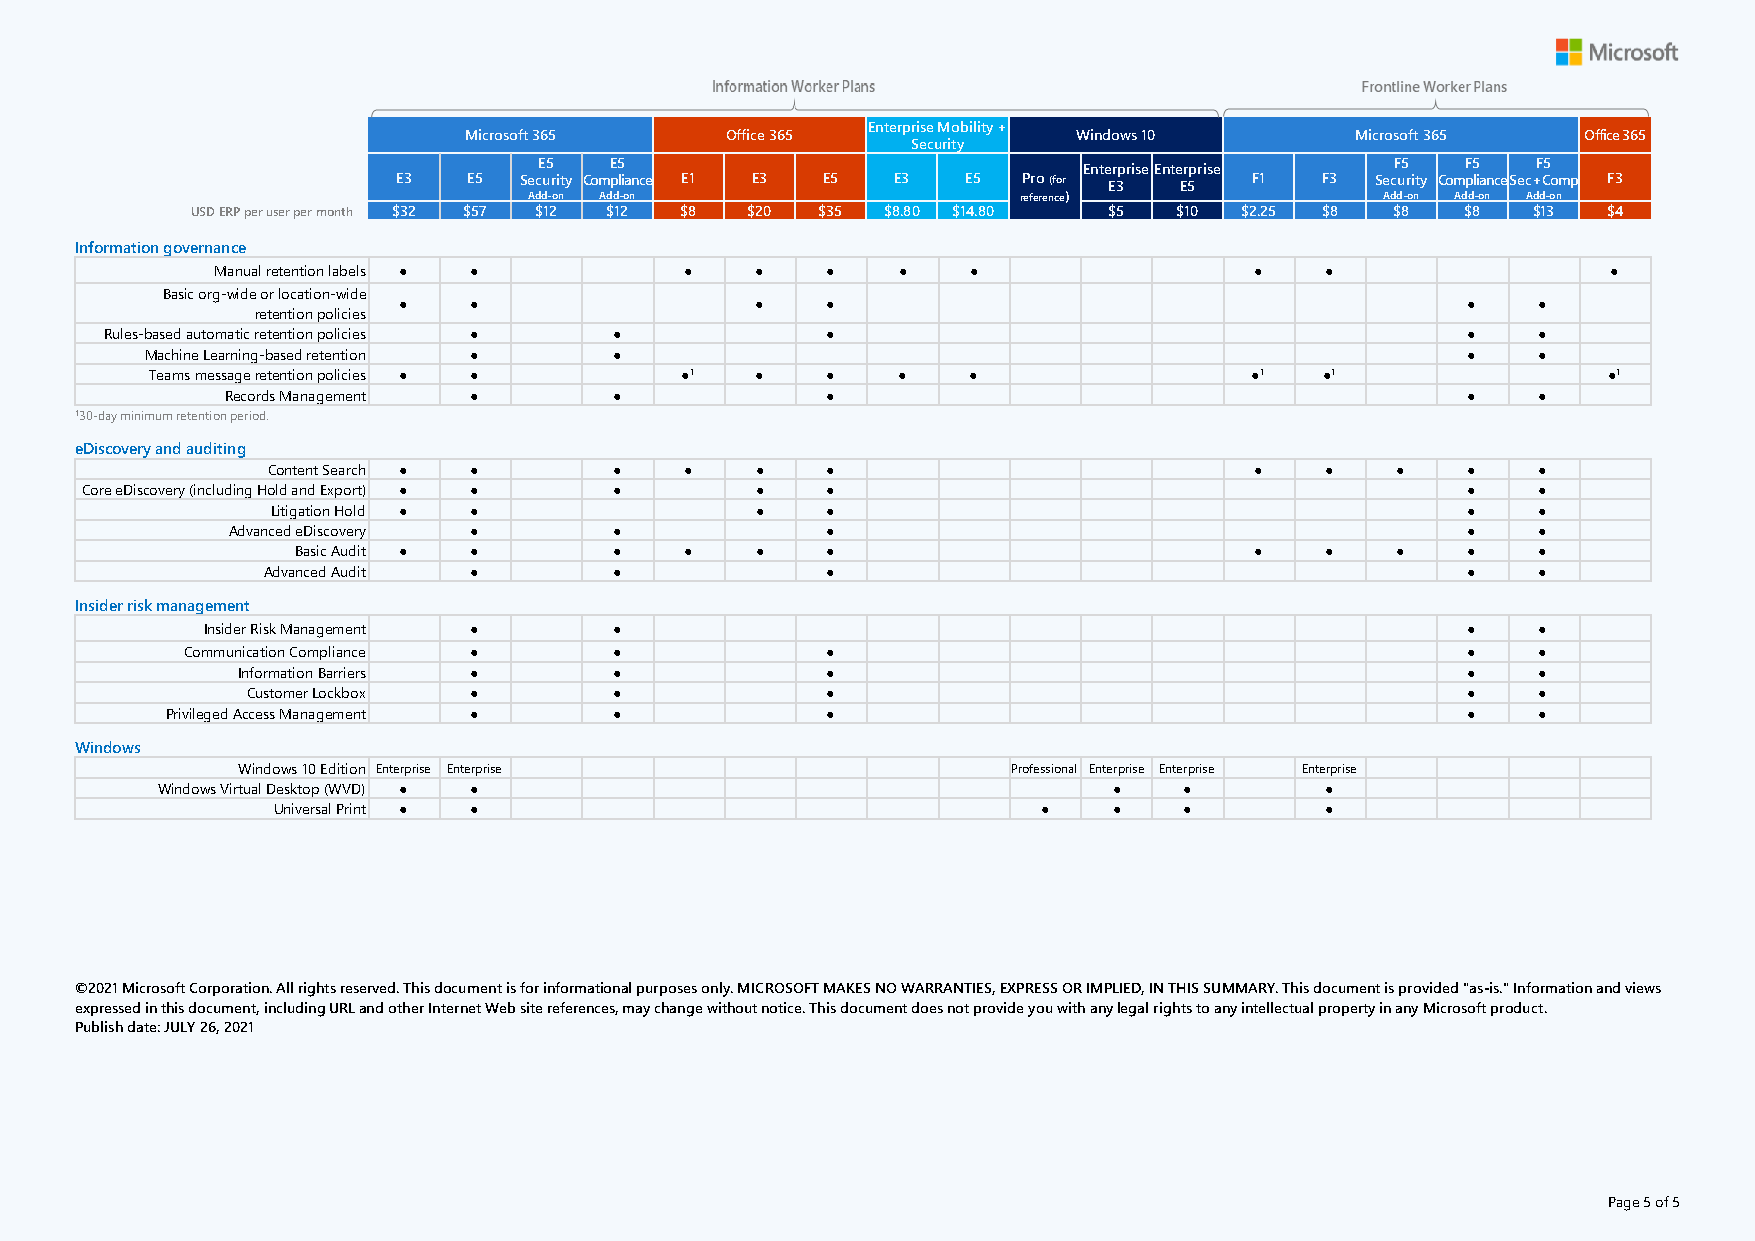
Enterprise Mobility +
 Microsoft 365    Office 365             Windows 10         Microsoft 365  Office 365
 Security
 E3   E5
 SecE u5
 r i ty
 ComE p5
 lia nce E1 E3 E5  E3   E5  Pro (for
 Ente Er 3p rise Ente Er 5p rise
 F1  F3
 SecF u5
 r i ty
 ComF p5
 li ance
 Sec+F C5
 o mp F3
 Add-on Add-on                   reference)               Add-on Add-on Add-on
 USD ERP per user per month $32 $57 $12 $12 $8 $20 $35 $8.80 $14.80 $5 $10 $2.25 $8 $8 $8 $13 $4
 Information governance
 Manual retention labels ● ●    ●    ●    ●   ●    ●                  ●    ●                  ●
 Basic org-wide or location-wide
 ●    ●                  ●    ●                                         ●    ●
 retention policies
 Rules-based automatic retention policies ● ●    ●                                         ●    ●
 Machine Learning-based retention ● ●                                                   ●    ●
 Teams message retention policies ● ● ●1 ●    ●   ●    ●                  ●1   ●1                ●1
 Records Management ●      ●             ●                                         ●    ●
 130-day minimum retention period.
 eDiscovery and auditing
 Content Search ● ●     ●   ●    ●    ●                           ●    ●   ●    ●    ●
 Core eDiscovery (including Hold and Export) ● ● ● ● ●                                       ●    ●
 Litigation Hold ● ●             ●    ●                                         ●    ●
 Advanced eDiscovery ●     ●             ●                                         ●    ●
 Basic Audit ● ●      ●   ●    ●    ●                           ●    ●   ●    ●    ●
 Advanced Audit ●        ●             ●                                         ●    ●
 Insider risk management
 Insider Risk Management ●   ●                                                       ●    ●
 Communication Compliance ●   ●             ●                                         ●    ●
 Information Barriers ●   ●             ●                                         ●    ●
 Customer Lockbox ●       ●             ●                                         ●    ●
 Privileged Access Management ● ●            ●                                         ●    ●
 Windows
 Windows 10 Edition Enterprise Enterprise           Professional Enterprise Enterprise Enterprise
 Windows Virtual Desktop (WVD) ● ●                               ●   ●         ●
 Universal Print ● ●                                ●    ●   ●         ●
 ©2021 Microsoft Corporation. All rights reserved. This document is for informational purposes only. MICROSOFT MAKES NO WARRANTIES, EXPRESS OR IMPLIED, IN THIS SUMMARY. This document is provided "as-is." Information and views
 expressed in this document, including URL and other Internet Web site references, may change without notice. This document does not provide you with any legal rights to any intellectual property in any Microsoft product.
 Publish date: JULY 26, 2021
 Page 5 of 5